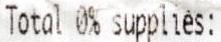
TOTAL 0% SUPPLIES: